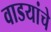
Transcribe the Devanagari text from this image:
वाडयांचे